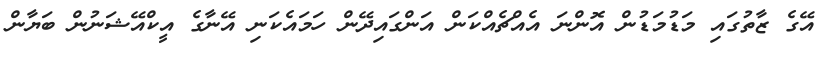
އޭގެ ޒާތުގައި މަޑުމަޑުން އޮންނަ އެއްޗެއްކަން އަންގައިދޭން ހަމައެކަނި އޭނާގެ އީކްއޭޝަނުން ބަޔާން